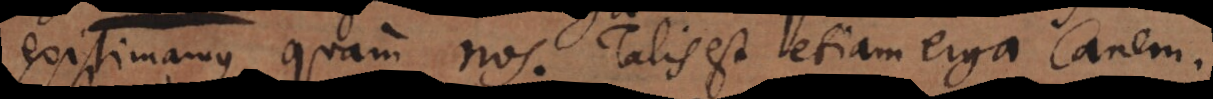
existimamus quam nos. Talis est etiam erga canem.